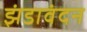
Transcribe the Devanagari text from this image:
झंडावंदन